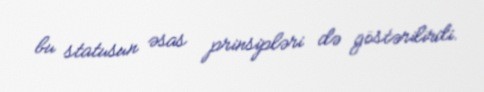
bu statusun əsas prinsipləri də göstərilirdi.